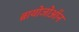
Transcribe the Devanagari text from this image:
ब्रायोजोऑन